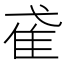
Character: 𨾍